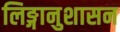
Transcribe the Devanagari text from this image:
लिङ्गानुशासन